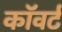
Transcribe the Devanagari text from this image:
कॉवर्ट